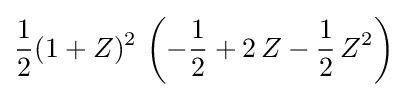
{\frac {1}{2}}(1+Z)^{2}\,\left(-{\frac {1}{2}}+2\,Z-{\frac {1}{2}}\,Z^{2}\right)